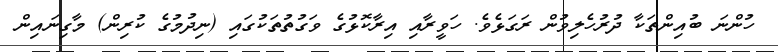
ހުންނަ ބުއިންތަކާ ދުރުހެލިވުން ރަގަޅެވެ. ހަވީރާއި އިރާކޮޅުގެ ވަގުތުތަކުގައި (ނިދުމުގެ ކުރިން) މާގިނައިން